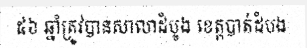
៥៦ ឆ្នាំត្រូវបានសាលាដំបូង ខេត្តបាត់ដំបង